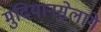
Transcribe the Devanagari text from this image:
मुदियानसेलागे